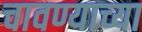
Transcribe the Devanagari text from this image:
चावण्याच्या